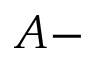
A -